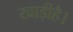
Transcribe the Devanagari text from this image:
खाड़ीहै।